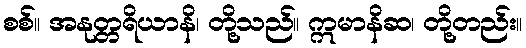
စစ်။ အနုတ္တရိယာနိ၊ တို့သည်။ ဣမာနိဆ၊ တို့တည်း။